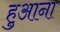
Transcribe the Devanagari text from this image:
हुआना